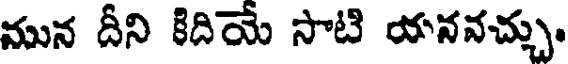
మున దీని కిదియే సాటి యనవచ్చు